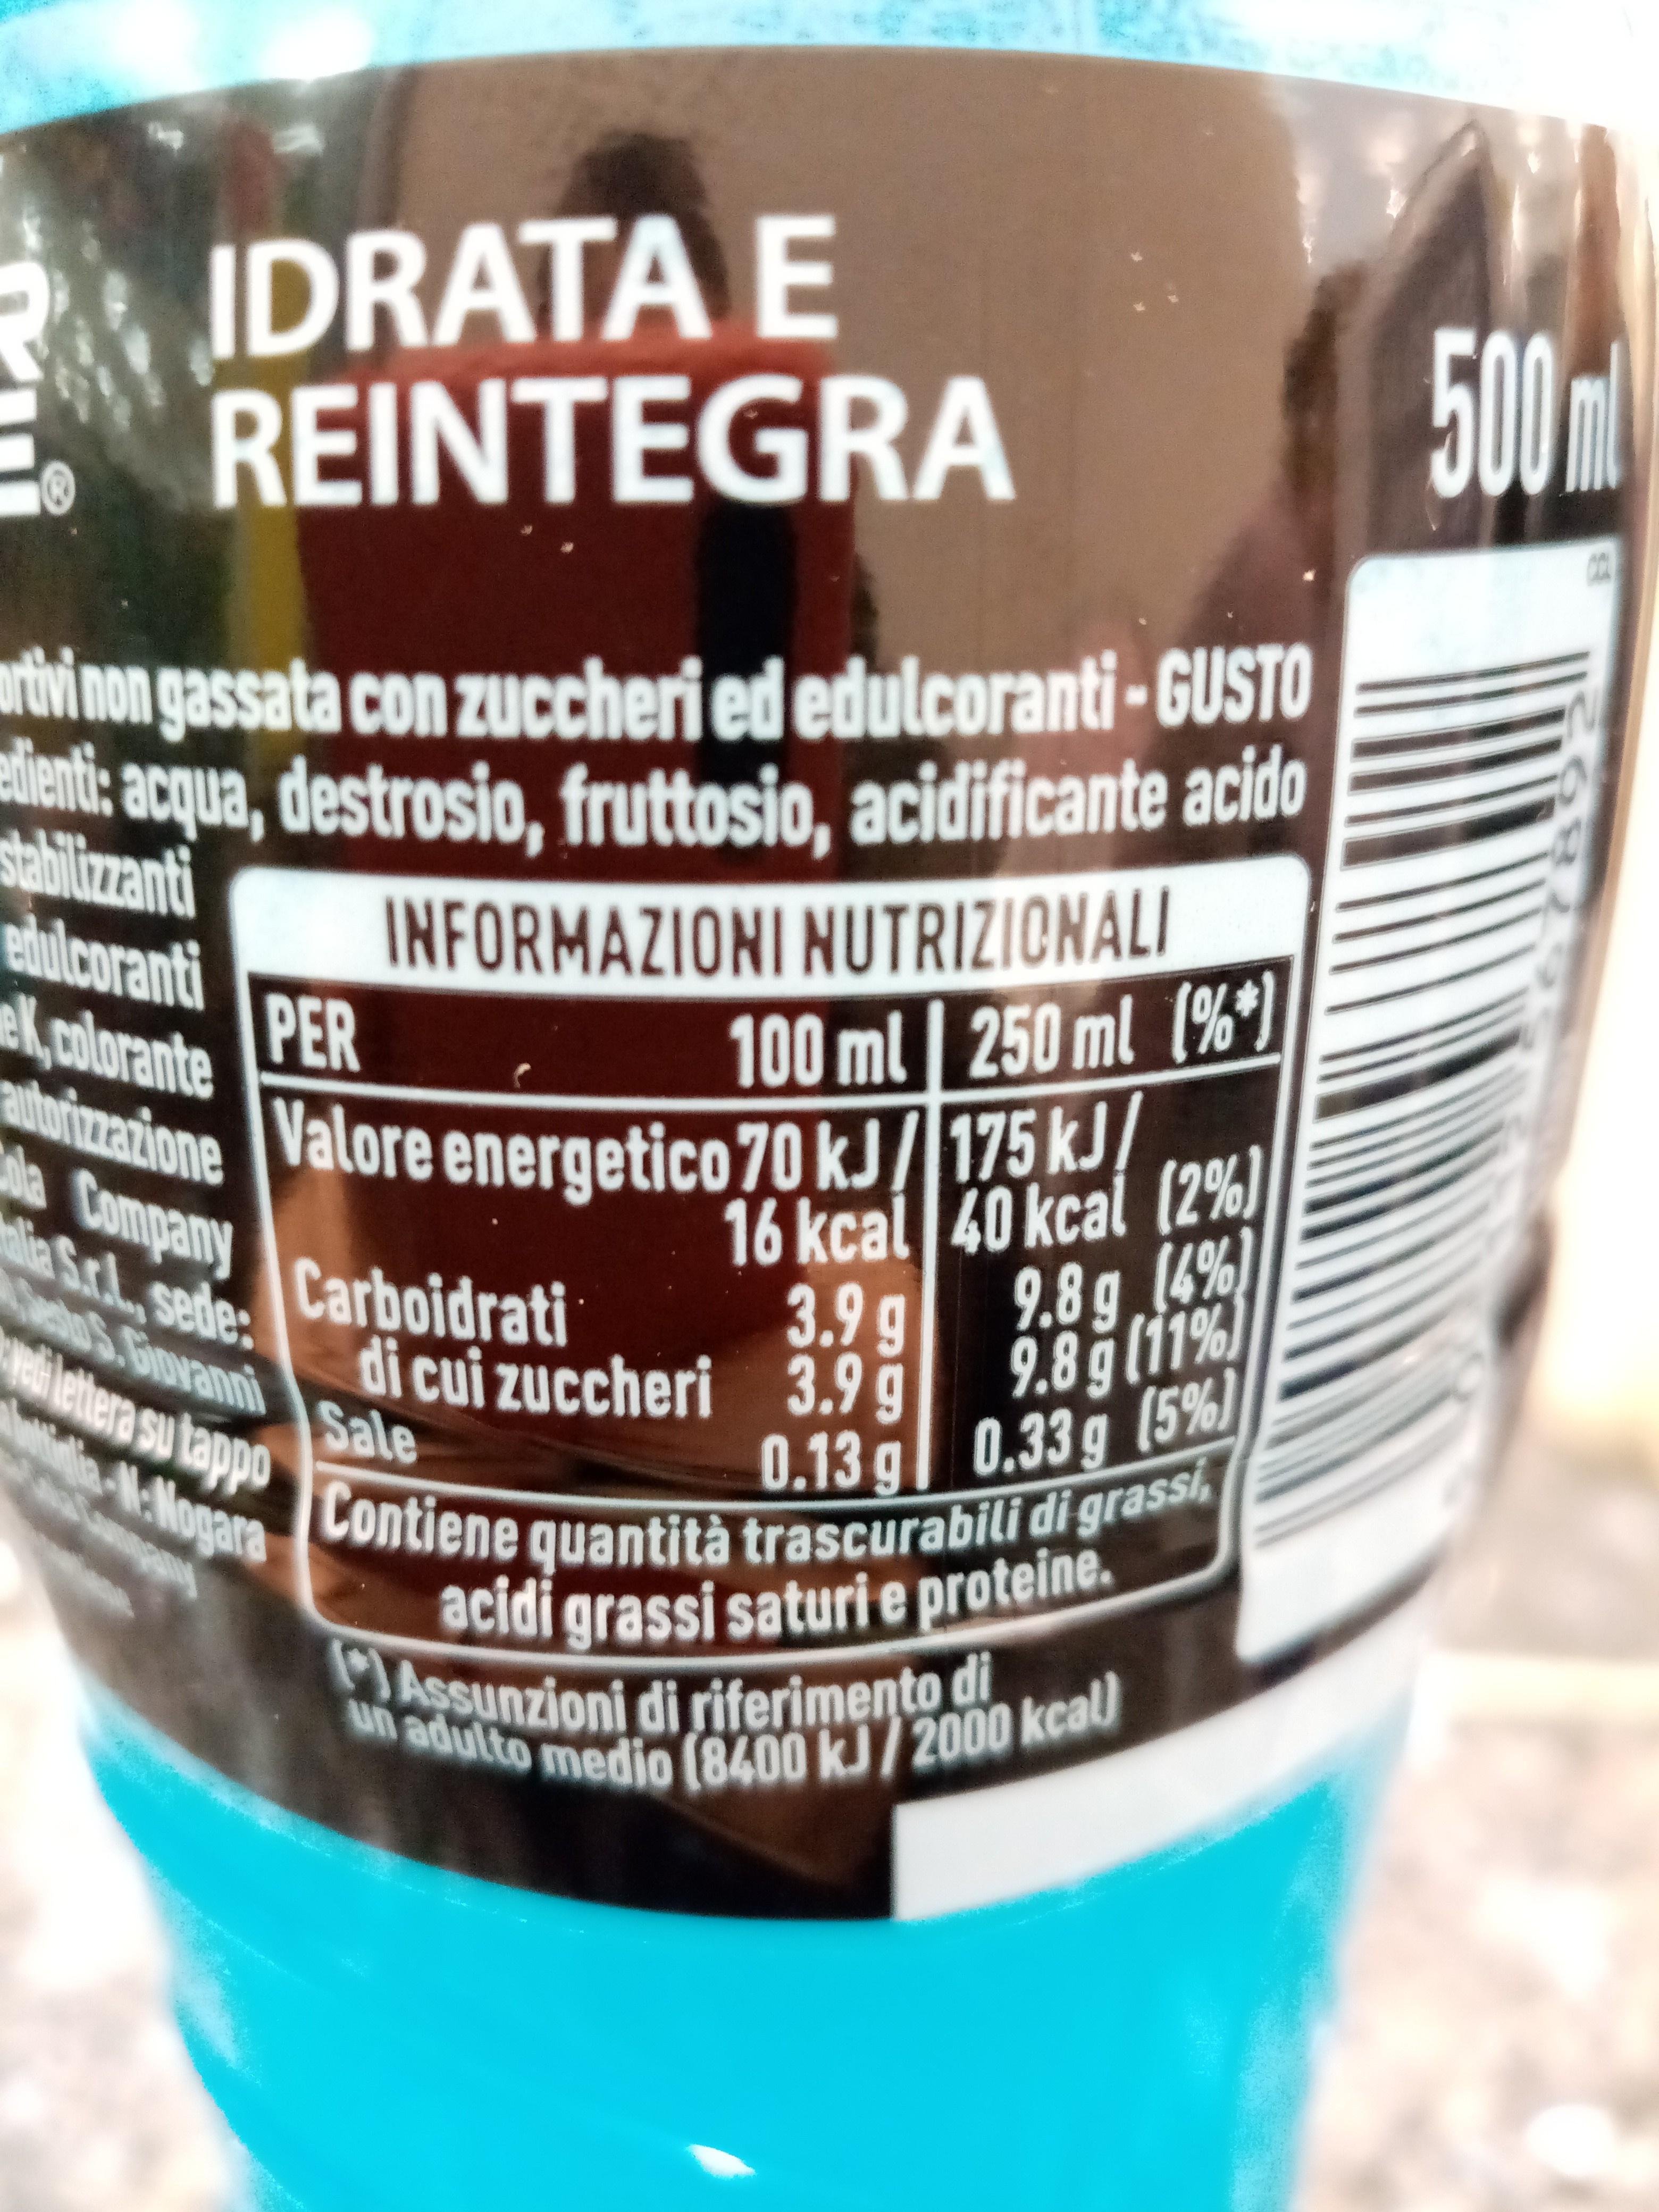
IDRATA E REINTEGRA
500ml
rtvi non gassata con zuccheri ed edulcoranti -GUSTO
elient: enti: acqua, destrosio, fruttosio, acidificante acido sabilizzanti
ebulcoranti PER
INFORMAZIONI NUTRIZIONALI 100 ml | 250 ml (%)
el,colorante atorizazione
Valore energetico 70KJ/175 kJ/.
Company Carboidrati e Sr.L.sede: atoS. Giovanni
16 kcal 40 kcal (2%) 3.9 g 9.8g (4%) 9.8g (11% 0.13g (5%) 0.33 g
di cui zuccheri 3.9 g
iletera su lappo Contiene quantità trascurabili di grassi,
la-4-Mogara
acidi grassi saturi e proteine. Assunzioni di siferimento di un adulto medio (8400 kJ/2000 kcal)